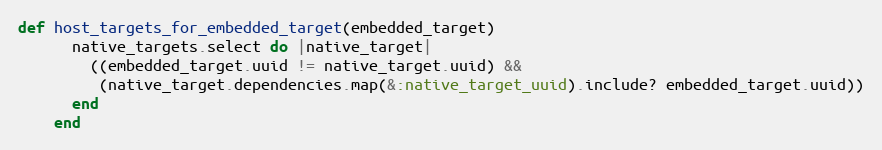
Language: Ruby
def host_targets_for_embedded_target(embedded_target)
      native_targets.select do |native_target|
        ((embedded_target.uuid != native_target.uuid) &&
         (native_target.dependencies.map(&:native_target_uuid).include? embedded_target.uuid))
      end
    end